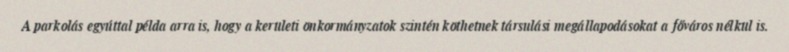
A parkolás egyúttal példa arra is, hogy a kerületi önkormányzatok szintén köthetnek társulási megállapodásokat a főváros nélkül is.